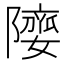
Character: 𨼻